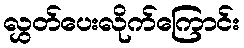
လွှတ်ပေးလိုက်ကြောင်း